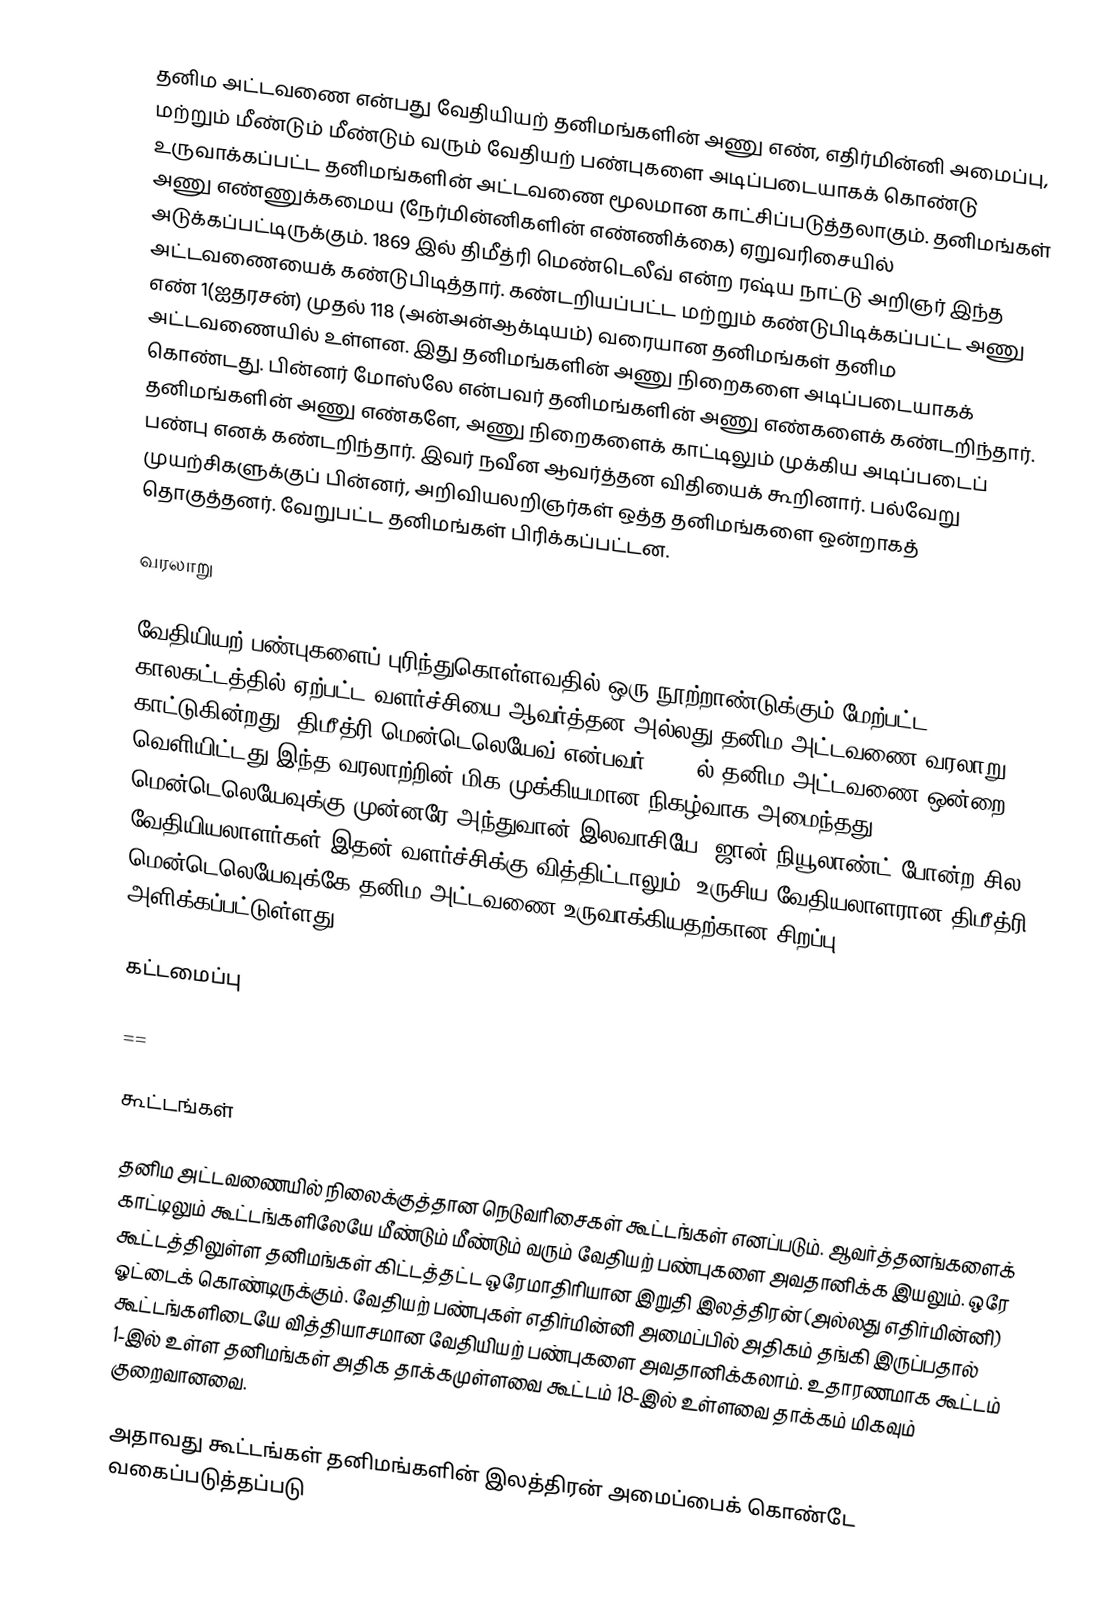
தனிம அட்டவணை என்பது வேதியியற் தனிமங்களின் அணு எண், எதிர்மின்னி அமைப்பு, மற்றும் மீண்டும் மீண்டும் வரும் வேதியற் பண்புகளை அடிப்படையாகக் கொண்டு உருவாக்கப்பட்ட தனிமங்களின் அட்டவணை மூலமான காட்சிப்படுத்தலாகும். தனிமங்கள் அணு எண்ணுக்கமைய (நேர்மின்னிகளின் எண்ணிக்கை) ஏறுவரிசையில் அடுக்கப்பட்டிருக்கும். 1869 இல் திமீத்ரி மெண்டெலீவ் என்ற ரஷ்ய நாட்டு அறிஞர் இந்த அட்டவணையைக் கண்டுபிடித்தார். கண்டறியப்பட்ட மற்றும் கண்டுபிடிக்கப்பட்ட அணு எண் 1(ஐதரசன்) முதல் 118 (அன்அன்ஆக்டியம்) வரையான தனிமங்கள் தனிம அட்டவணையில் உள்ளன. இது தனிமங்களின் அணு நிறைகளை அடிப்படையாகக் கொண்டது. பின்னர் மோஸ்லே என்பவர் தனிமங்களின் அணு எண்களைக் கண்டறிந்தார். தனிமங்களின் அணு எண்களே, அணு நிறைகளைக் காட்டிலும் முக்கிய அடிப்படைப் பண்பு எனக் கண்டறிந்தார். இவர் நவீன ஆவர்த்தன விதியைக் கூறினார். பல்வேறு முயற்சிகளுக்குப் பின்னர், அறிவியலறிஞர்கள் ஒத்த தனிமங்களை ஒன்றாகத் தொகுத்தனர். வேறுபட்ட தனிமங்கள் பிரிக்கப்பட்டன.

வரலாறு

வேதியியற் பண்புகளைப் புரிந்துகொள்ளவதில் ஒரு நூற்றாண்டுக்கும் மேற்பட்ட காலகட்டத்தில் ஏற்பட்ட வளர்ச்சியை ஆவர்த்தன அல்லது தனிம அட்டவணை வரலாறு காட்டுகின்றது. திமீத்ரி மென்டெலெயேவ் என்பவர் 1869 ல் தனிம அட்டவணை ஒன்றை வெளியிட்டது இந்த வரலாற்றின் மிக முக்கியமான நிகழ்வாக அமைந்தது. மென்டெலெயேவுக்கு முன்னரே அந்துவான் இலவாசியே, ஜான் நியூலாண்ட் போன்ற சில வேதியியலாளர்கள் இதன் வளர்ச்சிக்கு வித்திட்டாலும், உருசிய வேதியலாளரான திமீத்ரி மென்டெலெயேவுக்கே தனிம அட்டவணை உருவாக்கியதற்கான சிறப்பு அளிக்கப்பட்டுள்ளது.

கட்டமைப்பு

 ==

கூட்டங்கள்

தனிம அட்டவணையில் நிலைக்குத்தான நெடுவரிசைகள் கூட்டங்கள் எனப்படும். ஆவர்த்தனங்களைக் காட்டிலும் கூட்டங்களிலேயே மீண்டும் மீண்டும் வரும் வேதியற் பண்புகளை அவதானிக்க இயலும். ஒரே கூட்டத்திலுள்ள தனிமங்கள் கிட்டத்தட்ட ஒரேமாதிரியான இறுதி இலத்திரன் (அல்லது எதிர்மின்னி) ஓட்டைக் கொண்டிருக்கும். வேதியற் பண்புகள் எதிர்மின்னி அமைப்பில் அதிகம் தங்கி இருப்பதால் கூட்டங்களிடையே வித்தியாசமான வேதியியற் பண்புகளை அவதானிக்கலாம். உதாரணமாக கூட்டம் 1-இல் உள்ள தனிமங்கள் அதிக தாக்கமுள்ளவை கூட்டம் 18-இல் உள்ளவை தாக்கம் மிகவும் குறைவானவை.

அதாவது கூட்டங்கள் தனிமங்களின் இலத்திரன் அமைப்பைக் கொண்டே வகைப்படுத்தப்படு